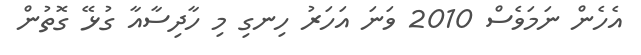
އެހެން ނަމަވެސް 2010 ވަނަ އަހަރު ހިނގި މި ހާދިސާއާ ގުޅޭ ގޮތުން